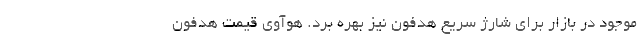
موجود در بازار برای شارژ سریع هدفون‌ نیز بهره برد. هوآوی قیمت هدفون